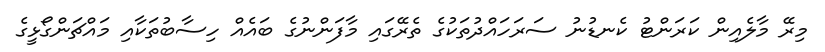
މިރޭ މާލެއިން ކަރަންޓު ކެނޑުނު ސަރަހައްދުތަކުގެ ތެރޭގައި މާފަންނުގެ ބައެއް ހިސާބުތަކާއި މައްޗަންގޯޅީގެ